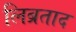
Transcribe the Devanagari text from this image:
लिब्रताद